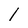
Character: l